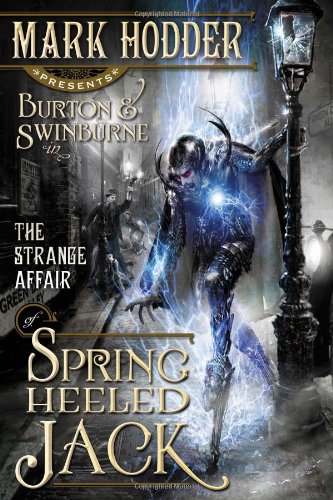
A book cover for The Strange Affair of Spring Heeled Jack (A Burton & Swinburne Adventure); Mark Hodder; Science Fiction & Fantasy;